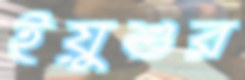
ইয়ুশুর